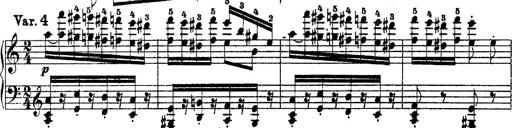
Title: Grandes Ã©tudes de Paganini
Composer: Franz Liszt